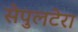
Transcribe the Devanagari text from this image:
सेपुलटेरा